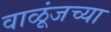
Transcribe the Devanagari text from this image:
वाळूंजच्या